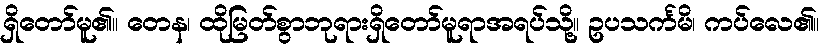
ရှိတော်မူ၏။ တေန၊ ထိုမြတ်စွာဘုရားရှိတော်မူရာအရပ်သို့။ ဥပသင်္ကမိ၊ ကပ်လေ၏။